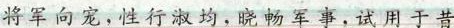
将军向宠，性行淑均。晓畅军事，试用于昔